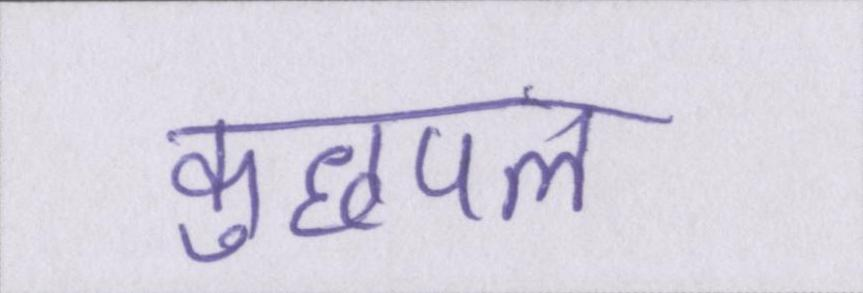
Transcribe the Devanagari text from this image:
कुछपल